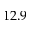
1 2 . 9